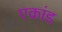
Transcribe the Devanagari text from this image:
एकांड